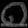
Digit: ၈